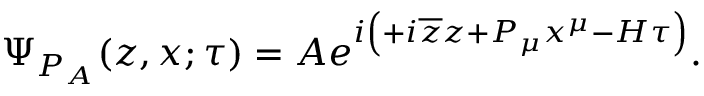
\Psi _ { P _ { A } } ( z , x ; \tau ) = A e ^ { i \left( + i \overline { { { z } } } z + P _ { \mu } x ^ { \mu } - H \tau \right) } .